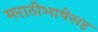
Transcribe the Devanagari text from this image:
मराठीभाषेसह